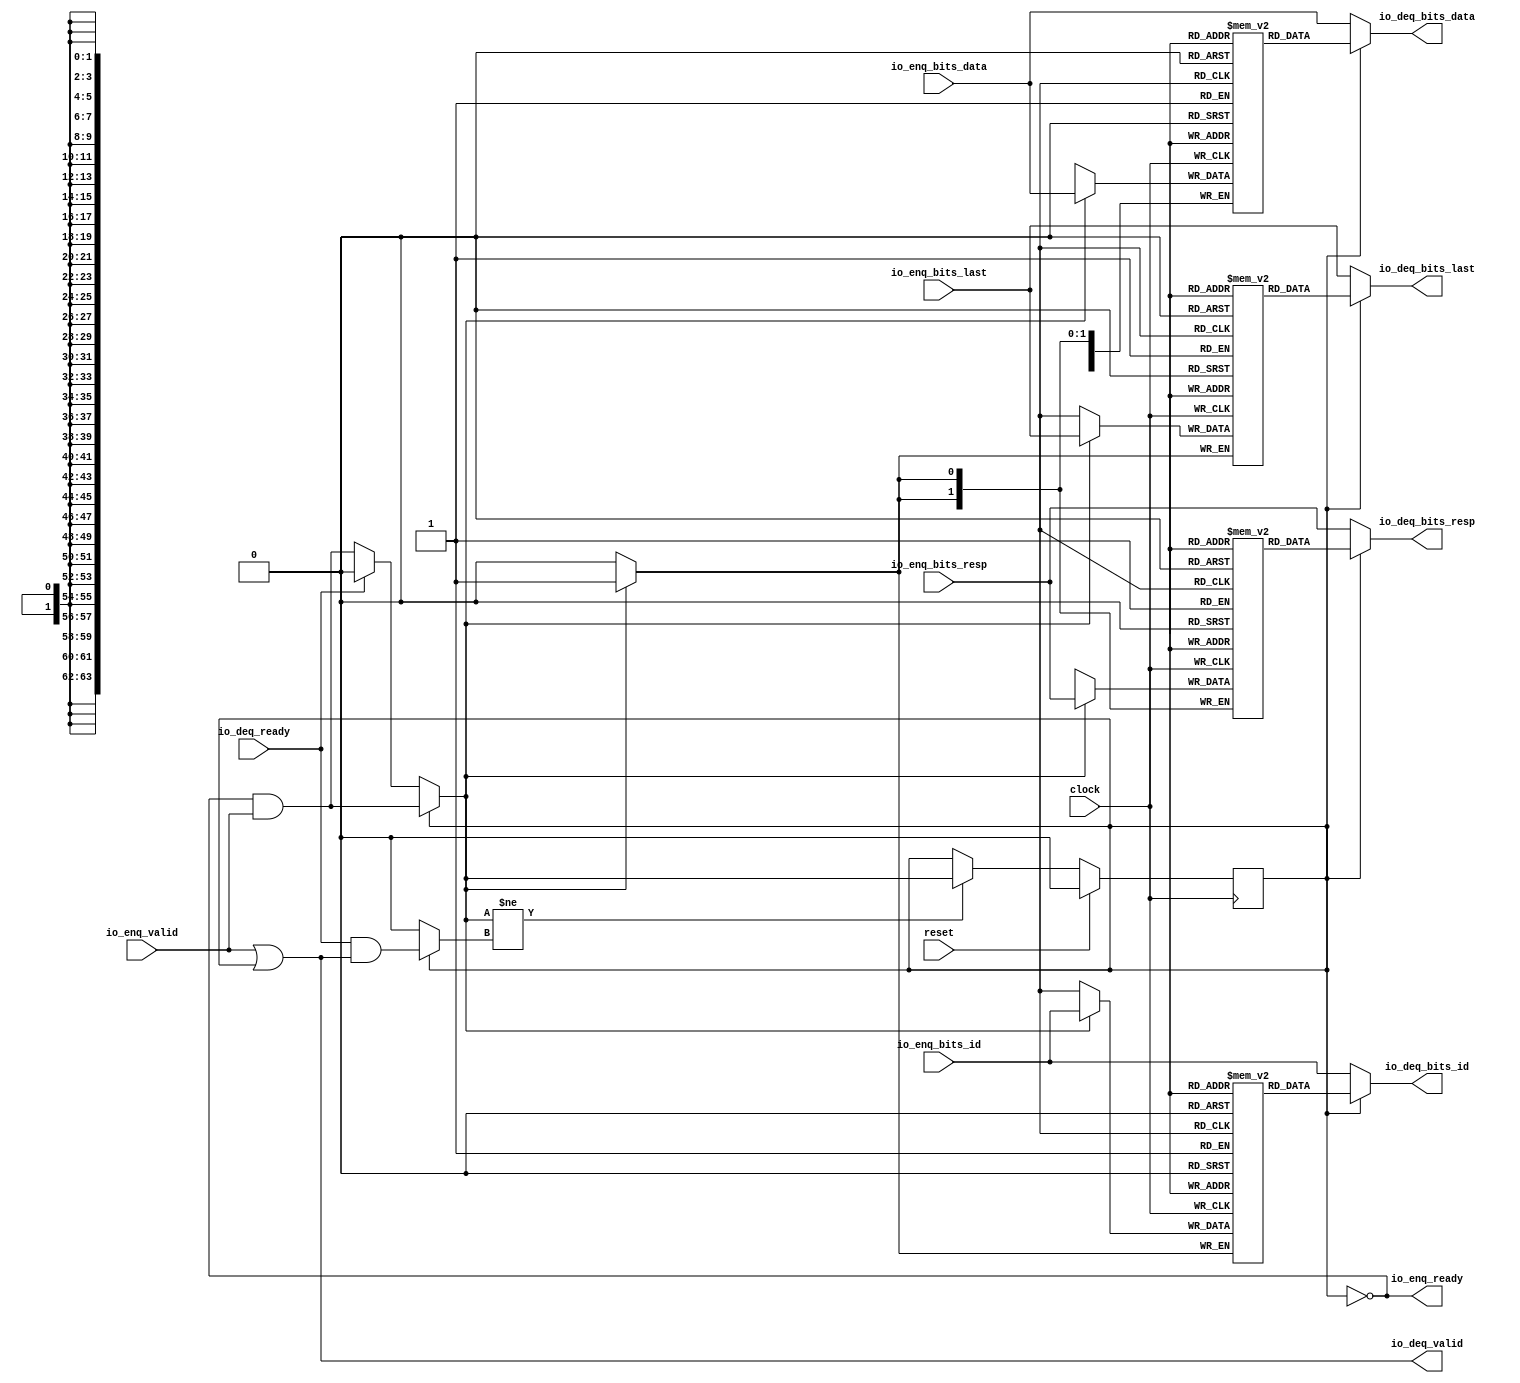
module Queue_16(
  input         clock,
  input         reset,
  output        io_enq_ready,
  input         io_enq_valid,
  input         io_enq_bits_id,
  input  [63:0] io_enq_bits_data,
  input  [1:0]  io_enq_bits_resp,
  input         io_enq_bits_last,
  input         io_deq_ready,
  output        io_deq_valid,
  output        io_deq_bits_id,
  output [63:0] io_deq_bits_data,
  output [1:0]  io_deq_bits_resp,
  output        io_deq_bits_last
);
`ifdef RANDOMIZE_MEM_INIT
  reg [31:0] _RAND_0;
  reg [63:0] _RAND_1;
  reg [31:0] _RAND_2;
  reg [31:0] _RAND_3;
`endif // RANDOMIZE_MEM_INIT
`ifdef RANDOMIZE_REG_INIT
  reg [31:0] _RAND_4;
`endif // RANDOMIZE_REG_INIT
  reg  ram_id [0:0]; // @[Decoupled.scala 218:16]
  wire  ram_id_io_deq_bits_MPORT_data; // @[Decoupled.scala 218:16]
  wire  ram_id_io_deq_bits_MPORT_addr; // @[Decoupled.scala 218:16]
  wire  ram_id_MPORT_data; // @[Decoupled.scala 218:16]
  wire  ram_id_MPORT_addr; // @[Decoupled.scala 218:16]
  wire  ram_id_MPORT_mask; // @[Decoupled.scala 218:16]
  wire  ram_id_MPORT_en; // @[Decoupled.scala 218:16]
  reg [63:0] ram_data [0:0]; // @[Decoupled.scala 218:16]
  wire [63:0] ram_data_io_deq_bits_MPORT_data; // @[Decoupled.scala 218:16]
  wire  ram_data_io_deq_bits_MPORT_addr; // @[Decoupled.scala 218:16]
  wire [63:0] ram_data_MPORT_data; // @[Decoupled.scala 218:16]
  wire  ram_data_MPORT_addr; // @[Decoupled.scala 218:16]
  wire  ram_data_MPORT_mask; // @[Decoupled.scala 218:16]
  wire  ram_data_MPORT_en; // @[Decoupled.scala 218:16]
  reg [1:0] ram_resp [0:0]; // @[Decoupled.scala 218:16]
  wire [1:0] ram_resp_io_deq_bits_MPORT_data; // @[Decoupled.scala 218:16]
  wire  ram_resp_io_deq_bits_MPORT_addr; // @[Decoupled.scala 218:16]
  wire [1:0] ram_resp_MPORT_data; // @[Decoupled.scala 218:16]
  wire  ram_resp_MPORT_addr; // @[Decoupled.scala 218:16]
  wire  ram_resp_MPORT_mask; // @[Decoupled.scala 218:16]
  wire  ram_resp_MPORT_en; // @[Decoupled.scala 218:16]
  reg  ram_last [0:0]; // @[Decoupled.scala 218:16]
  wire  ram_last_io_deq_bits_MPORT_data; // @[Decoupled.scala 218:16]
  wire  ram_last_io_deq_bits_MPORT_addr; // @[Decoupled.scala 218:16]
  wire  ram_last_MPORT_data; // @[Decoupled.scala 218:16]
  wire  ram_last_MPORT_addr; // @[Decoupled.scala 218:16]
  wire  ram_last_MPORT_mask; // @[Decoupled.scala 218:16]
  wire  ram_last_MPORT_en; // @[Decoupled.scala 218:16]
  reg  maybe_full; // @[Decoupled.scala 221:27]
  wire  empty = ~maybe_full; // @[Decoupled.scala 224:28]
  wire  _do_enq_T = io_enq_ready & io_enq_valid; // @[Decoupled.scala 40:37]
  wire  _do_deq_T = io_deq_ready & io_deq_valid; // @[Decoupled.scala 40:37]
  wire  _GEN_10 = io_deq_ready ? 1'h0 : _do_enq_T; // @[Decoupled.scala 249:27 Decoupled.scala 249:36]
  wire  do_enq = empty ? _GEN_10 : _do_enq_T; // @[Decoupled.scala 246:18]
  wire  do_deq = empty ? 1'h0 : _do_deq_T; // @[Decoupled.scala 246:18 Decoupled.scala 248:14]
  wire  _T = do_enq != do_deq; // @[Decoupled.scala 236:16]
  wire  _io_deq_valid_T = ~empty; // @[Decoupled.scala 240:19]
  assign ram_id_io_deq_bits_MPORT_addr = 1'h0;
  assign ram_id_io_deq_bits_MPORT_data = ram_id[ram_id_io_deq_bits_MPORT_addr]; // @[Decoupled.scala 218:16]
  assign ram_id_MPORT_data = io_enq_bits_id;
  assign ram_id_MPORT_addr = 1'h0;
  assign ram_id_MPORT_mask = 1'h1;
  assign ram_id_MPORT_en = empty ? _GEN_10 : _do_enq_T;
  assign ram_data_io_deq_bits_MPORT_addr = 1'h0;
  assign ram_data_io_deq_bits_MPORT_data = ram_data[ram_data_io_deq_bits_MPORT_addr]; // @[Decoupled.scala 218:16]
  assign ram_data_MPORT_data = io_enq_bits_data;
  assign ram_data_MPORT_addr = 1'h0;
  assign ram_data_MPORT_mask = 1'h1;
  assign ram_data_MPORT_en = empty ? _GEN_10 : _do_enq_T;
  assign ram_resp_io_deq_bits_MPORT_addr = 1'h0;
  assign ram_resp_io_deq_bits_MPORT_data = ram_resp[ram_resp_io_deq_bits_MPORT_addr]; // @[Decoupled.scala 218:16]
  assign ram_resp_MPORT_data = io_enq_bits_resp;
  assign ram_resp_MPORT_addr = 1'h0;
  assign ram_resp_MPORT_mask = 1'h1;
  assign ram_resp_MPORT_en = empty ? _GEN_10 : _do_enq_T;
  assign ram_last_io_deq_bits_MPORT_addr = 1'h0;
  assign ram_last_io_deq_bits_MPORT_data = ram_last[ram_last_io_deq_bits_MPORT_addr]; // @[Decoupled.scala 218:16]
  assign ram_last_MPORT_data = io_enq_bits_last;
  assign ram_last_MPORT_addr = 1'h0;
  assign ram_last_MPORT_mask = 1'h1;
  assign ram_last_MPORT_en = empty ? _GEN_10 : _do_enq_T;
  assign io_enq_ready = ~maybe_full; // @[Decoupled.scala 241:19]
  assign io_deq_valid = io_enq_valid | _io_deq_valid_T; // @[Decoupled.scala 245:25 Decoupled.scala 245:40 Decoupled.scala 240:16]
  assign io_deq_bits_id = empty ? io_enq_bits_id : ram_id_io_deq_bits_MPORT_data; // @[Decoupled.scala 246:18 Decoupled.scala 247:19 Decoupled.scala 242:15]
  assign io_deq_bits_data = empty ? io_enq_bits_data : ram_data_io_deq_bits_MPORT_data; // @[Decoupled.scala 246:18 Decoupled.scala 247:19 Decoupled.scala 242:15]
  assign io_deq_bits_resp = empty ? io_enq_bits_resp : ram_resp_io_deq_bits_MPORT_data; // @[Decoupled.scala 246:18 Decoupled.scala 247:19 Decoupled.scala 242:15]
  assign io_deq_bits_last = empty ? io_enq_bits_last : ram_last_io_deq_bits_MPORT_data; // @[Decoupled.scala 246:18 Decoupled.scala 247:19 Decoupled.scala 242:15]
  always @(posedge clock) begin
    if(ram_id_MPORT_en & ram_id_MPORT_mask) begin
      ram_id[ram_id_MPORT_addr] <= ram_id_MPORT_data; // @[Decoupled.scala 218:16]
    end
    if(ram_data_MPORT_en & ram_data_MPORT_mask) begin
      ram_data[ram_data_MPORT_addr] <= ram_data_MPORT_data; // @[Decoupled.scala 218:16]
    end
    if(ram_resp_MPORT_en & ram_resp_MPORT_mask) begin
      ram_resp[ram_resp_MPORT_addr] <= ram_resp_MPORT_data; // @[Decoupled.scala 218:16]
    end
    if(ram_last_MPORT_en & ram_last_MPORT_mask) begin
      ram_last[ram_last_MPORT_addr] <= ram_last_MPORT_data; // @[Decoupled.scala 218:16]
    end
    if (reset) begin // @[Decoupled.scala 221:27]
      maybe_full <= 1'h0; // @[Decoupled.scala 221:27]
    end else if (_T) begin // @[Decoupled.scala 236:28]
      if (empty) begin // @[Decoupled.scala 246:18]
        if (io_deq_ready) begin // @[Decoupled.scala 249:27]
          maybe_full <= 1'h0; // @[Decoupled.scala 249:36]
        end else begin
          maybe_full <= _do_enq_T;
        end
      end else begin
        maybe_full <= _do_enq_T;
      end
    end
  end
// Register and memory initialization
`ifdef RANDOMIZE_GARBAGE_ASSIGN
`define RANDOMIZE
`endif
`ifdef RANDOMIZE_INVALID_ASSIGN
`define RANDOMIZE
`endif
`ifdef RANDOMIZE_REG_INIT
`define RANDOMIZE
`endif
`ifdef RANDOMIZE_MEM_INIT
`define RANDOMIZE
`endif
`ifndef RANDOM
`define RANDOM $random
`endif
`ifdef RANDOMIZE_MEM_INIT
  integer initvar;
`endif
`ifndef SYNTHESIS
`ifdef FIRRTL_BEFORE_INITIAL
`FIRRTL_BEFORE_INITIAL
`endif
initial begin
  `ifdef RANDOMIZE
    `ifdef INIT_RANDOM
      `INIT_RANDOM
    `endif
    `ifndef VERILATOR
      `ifdef RANDOMIZE_DELAY
        #`RANDOMIZE_DELAY begin end
      `else
        #0.002 begin end
      `endif
    `endif
`ifdef RANDOMIZE_MEM_INIT
  _RAND_0 = {1{`RANDOM}};
  for (initvar = 0; initvar < 1; initvar = initvar+1)
    ram_id[initvar] = _RAND_0[0:0];
  _RAND_1 = {2{`RANDOM}};
  for (initvar = 0; initvar < 1; initvar = initvar+1)
    ram_data[initvar] = _RAND_1[63:0];
  _RAND_2 = {1{`RANDOM}};
  for (initvar = 0; initvar < 1; initvar = initvar+1)
    ram_resp[initvar] = _RAND_2[1:0];
  _RAND_3 = {1{`RANDOM}};
  for (initvar = 0; initvar < 1; initvar = initvar+1)
    ram_last[initvar] = _RAND_3[0:0];
`endif // RANDOMIZE_MEM_INIT
`ifdef RANDOMIZE_REG_INIT
  _RAND_4 = {1{`RANDOM}};
  maybe_full = _RAND_4[0:0];
`endif // RANDOMIZE_REG_INIT
  `endif // RANDOMIZE
end // initial
`ifdef FIRRTL_AFTER_INITIAL
`FIRRTL_AFTER_INITIAL
`endif
`endif // SYNTHESIS
endmodule